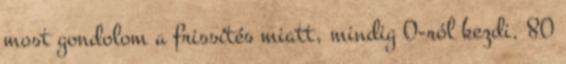
most gondolom a frissítés miatt, mindig 0-ról kezdi. 80